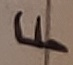
Text: F